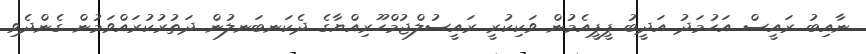
ނާއިބު ރައީސް އަހުމަދު އަދީބު ޕީޕީއެމުން ވަކިކުރީ ރައީސުލްޖުމްހޫރިއްޔާގެ ދެކަނބަނލުން ދަތުރުކުރައްވަމުން ގެންދެވި